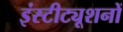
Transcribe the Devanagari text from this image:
इंस्टीट्यूशनों